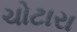
ચોટારા